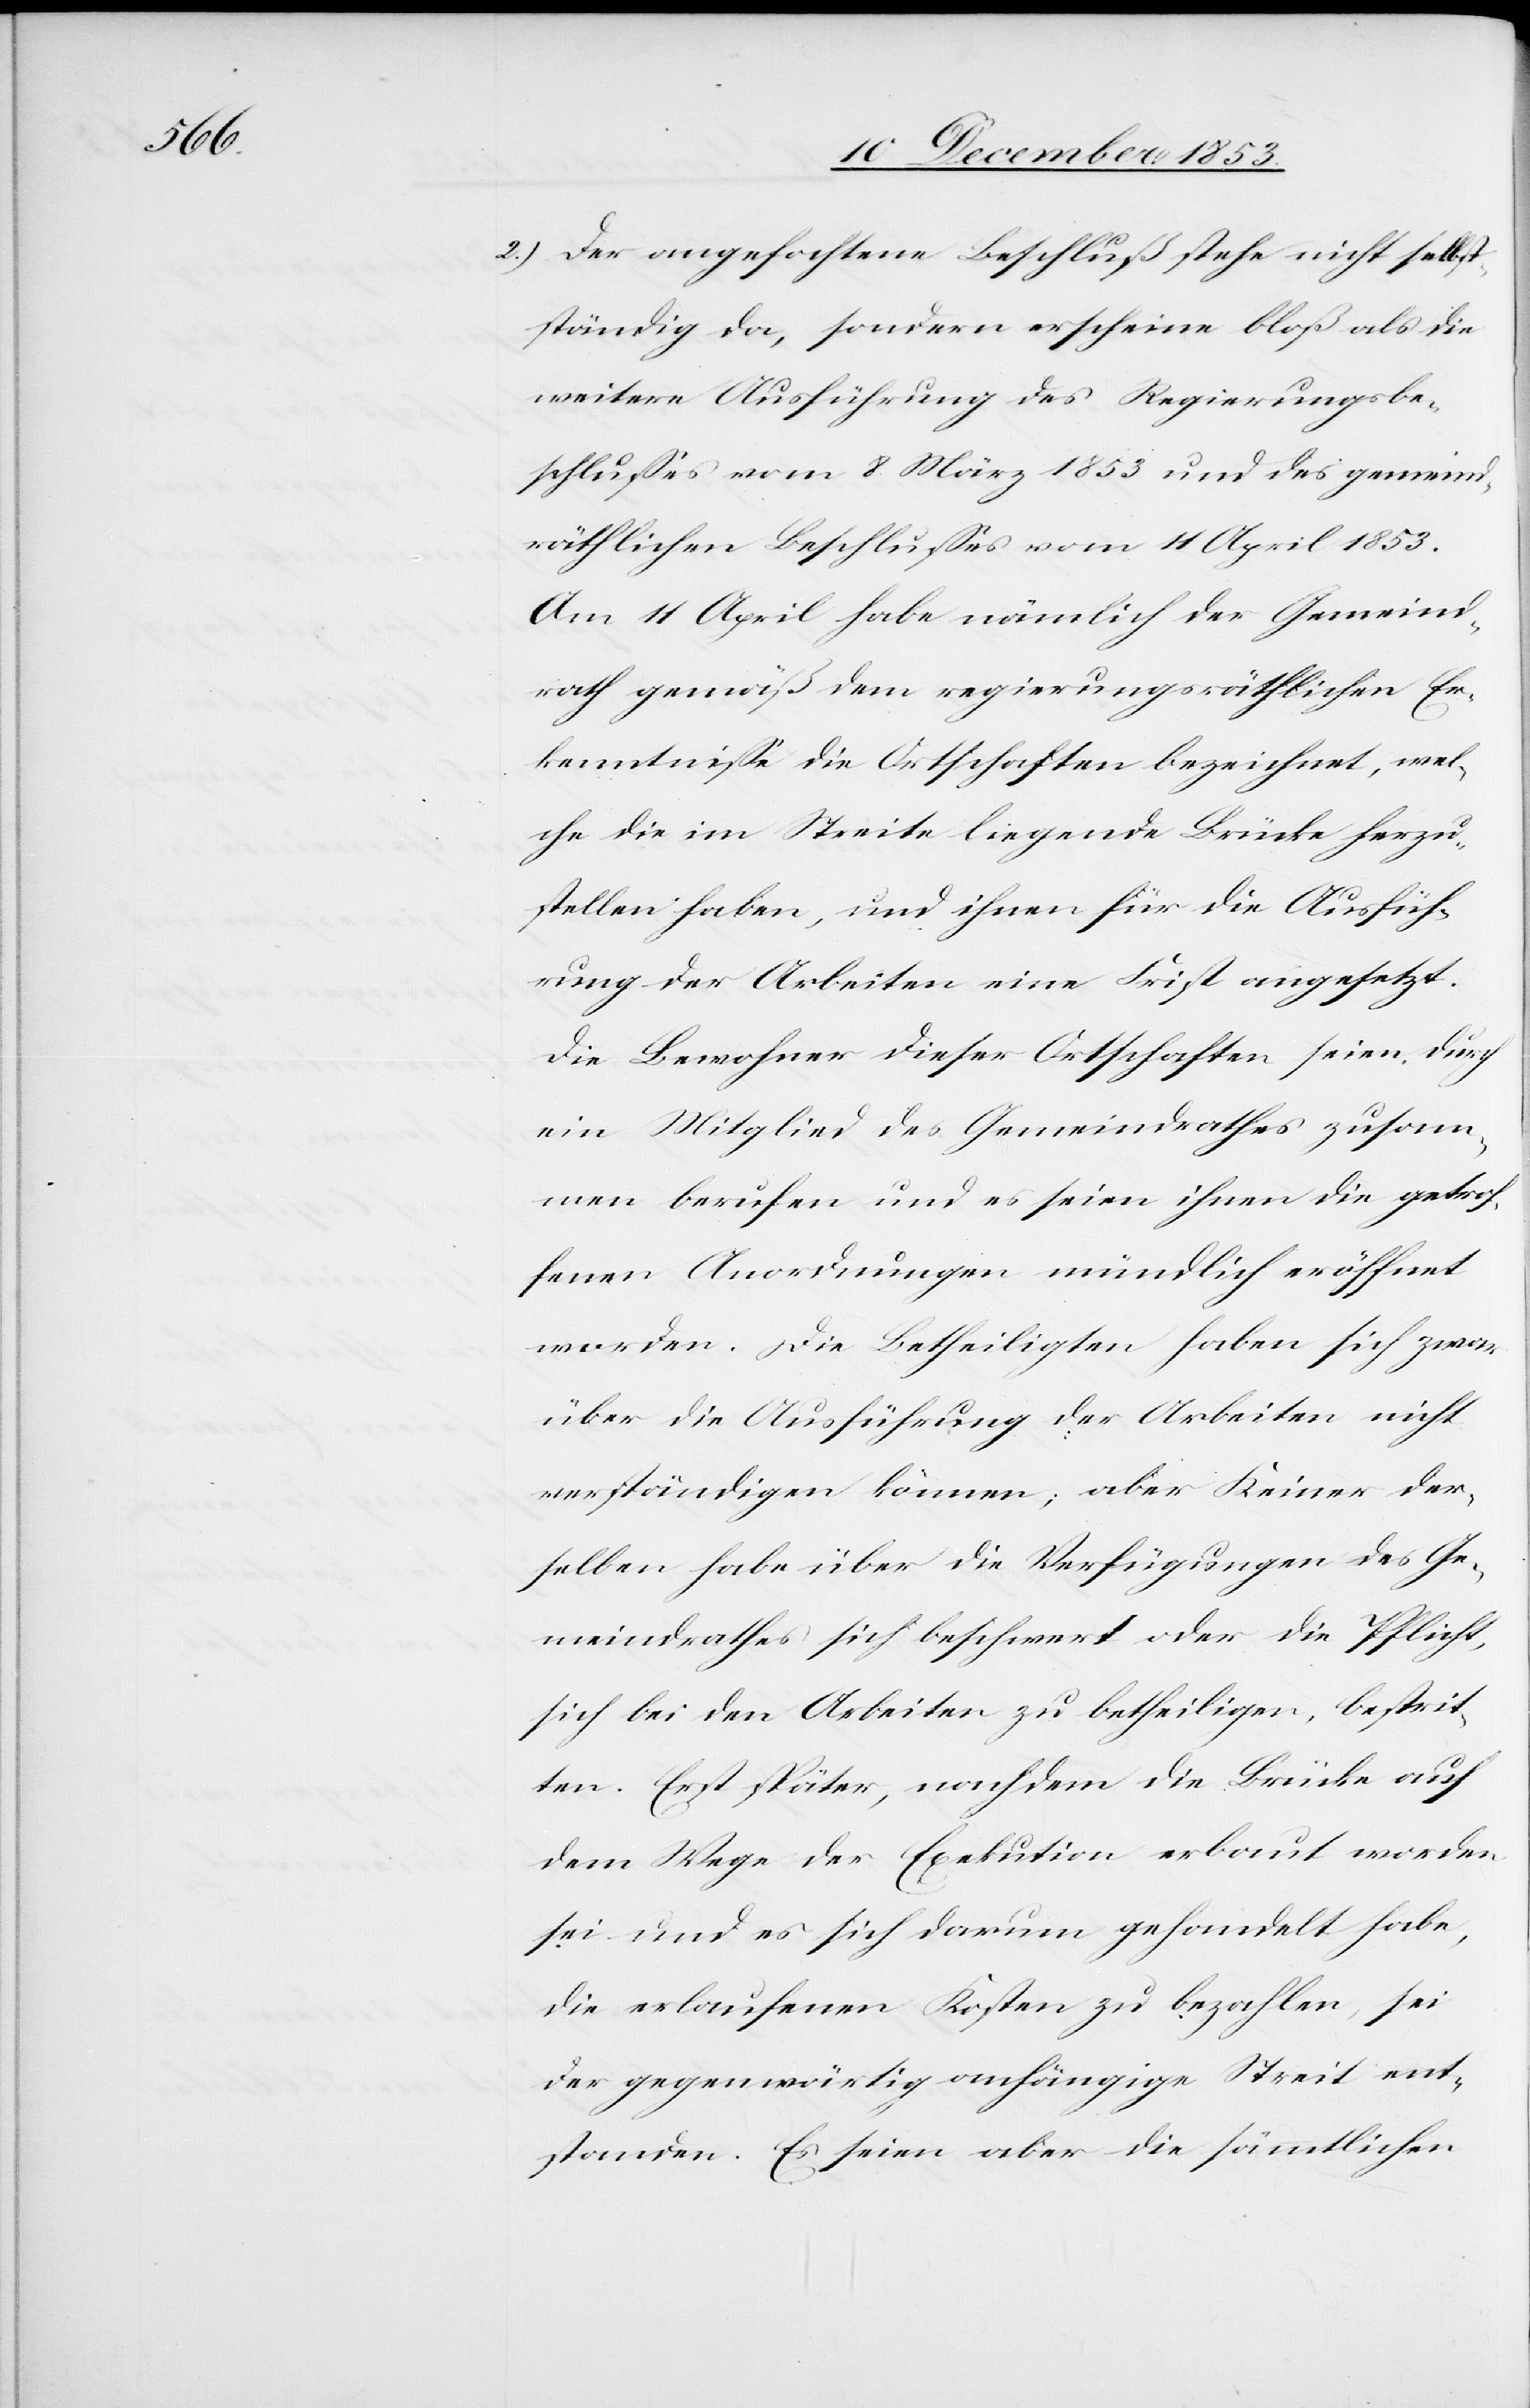
2) Der angefochtene Beschluß stehe nicht selbst¬
ständig da, sondern erscheine bloß als die
weitere Ausführung des Regierungsbe¬
schlußes vom 8 März 1853 und des gemeind¬
räthlichen Beschlußes vom 11 April 1853.
Am 11 April habe nämlich der Gemeind¬
rath gemäß dem regierungsräthlichen Er¬
kenntniße die Ortschaften bezeichnet, wel¬
che die im Streite liegende Brücke herzu¬
stellen haben, und ihnen für die Ausfüh¬
rung der Arbeiten eine Frist angesetzt.
Die Bewohner dieser Ortschaften seien durch
ein Mitglied des Gemeindrathes zusam¬
men berufen und es seien ihnen die getrof¬
fenen Anordnungen mündlich eröffnet
worden. Die Betheiligten haben sich zwar
über die Ausführung der Arbeiten nicht
verständigen können; aber Keiner der¬
selben habe über die Verfügungen des Ge¬
meindrathes sich beschwert oder die Pflicht,
sich bei den Arbeiten zu betheiligen, bestrit¬
ten. Erst später, nachdem die Brücke auf
dem Wege der Exekution erbaut worden
sei und es sich darum gehandelt habe,
die erlaufenen Kosten zu bezahlen, sei
der gegenwärtig anhängige Streit ent¬
standen. Es seien aber die sämmtlichen